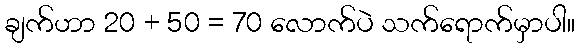
ချက်ဟာ 20 + 50 = 70 လောက်ပဲ သက်ရောက်မှာပါ။